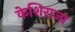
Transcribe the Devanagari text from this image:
केशिराजा